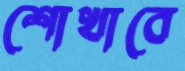
শোখাবে